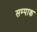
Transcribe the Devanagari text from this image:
सम्पाक